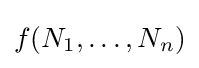
f(N_{1},\dots ,N_{n})